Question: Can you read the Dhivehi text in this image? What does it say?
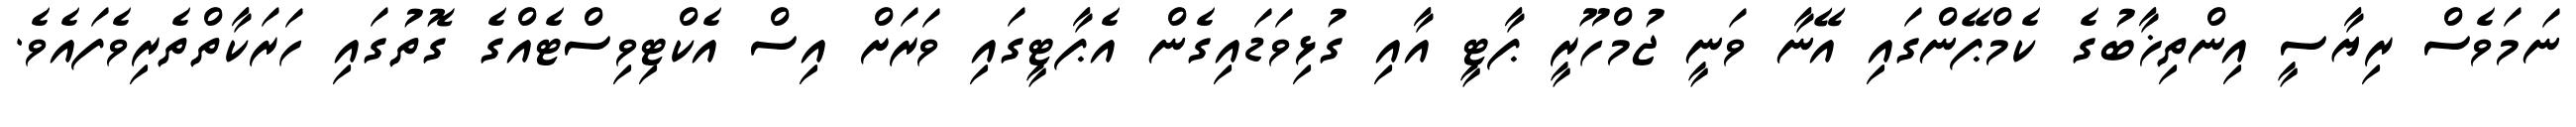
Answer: ނަމަވެސް ރިޔާސީ އިންތިޚާބުގެ ކެމްޕޭންގައި އޭނާ ވަނީ ޖުމްހޫރީ ޕާޓީ އާއި ގުޅިވަޑައިގެން އެޕާޓީގައި ވަރަށް އިސް އެކްޓިވިސްޓެއްގެ ގޮތުގައި ހަރަކާތްތެރިވެފައެވެ.